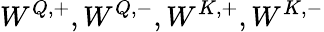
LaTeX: W^{Q,+},W^{Q,-},W^{K,+},W^{K,-}